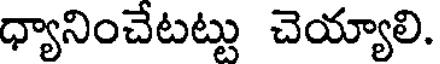
ధ్యానించేటట్టు చెయ్యాలి.